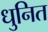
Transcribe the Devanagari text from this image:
धुनित